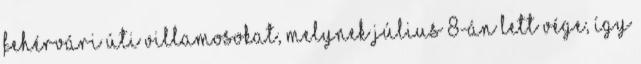
Fehérvári úti villamosokat, melynek július 8-án lett vége, így